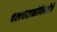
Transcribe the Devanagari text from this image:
चलनशक्तीविषयीचे